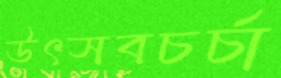
উৎসবচর্চা